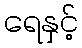
ရေနှင့်